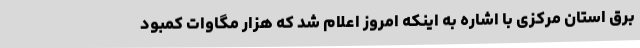
برق استان مرکزی با اشاره به اینکه امروز اعلام شد که هزار مگاوات کمبود